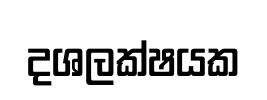
දශලක්ෂයක